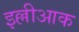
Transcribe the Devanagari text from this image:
इल्लीआक